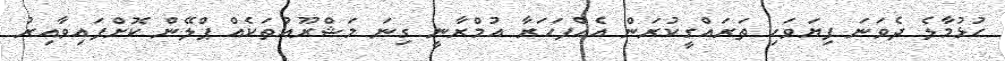
ހުޅުމާލެ ދެވަނަ ފިޔަވަހި ތަރައްގީކުރަން އެއްފަހަރާ އުމްރާނީ ގިނަ މަޝްރޫއުތަކެއް ޕްލޭން ކޮށްފައިވާއިރު